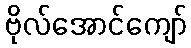
ဗိုလ်အောင်ကျော်